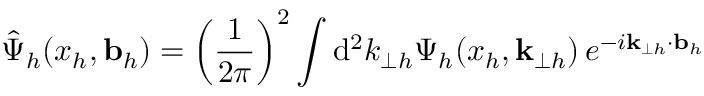
\hat { \Psi } _ { h } ( x _ { h } , { \bf b } _ { h } ) = \left( \frac { 1 } { 2 \pi } \right) ^ { 2 } \int \mathrm { d } ^ { 2 } k _ { \perp h } \Psi _ { h } ( x _ { h } , { \bf k } _ { \perp h } ) \, e ^ { - i { \bf k } _ { \perp h } \cdot { \bf b } _ { h } }